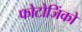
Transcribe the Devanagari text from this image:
फोटोजिंको